Indian journal of veterinary science and animal husbandry - Volume 11,
Year: 1941
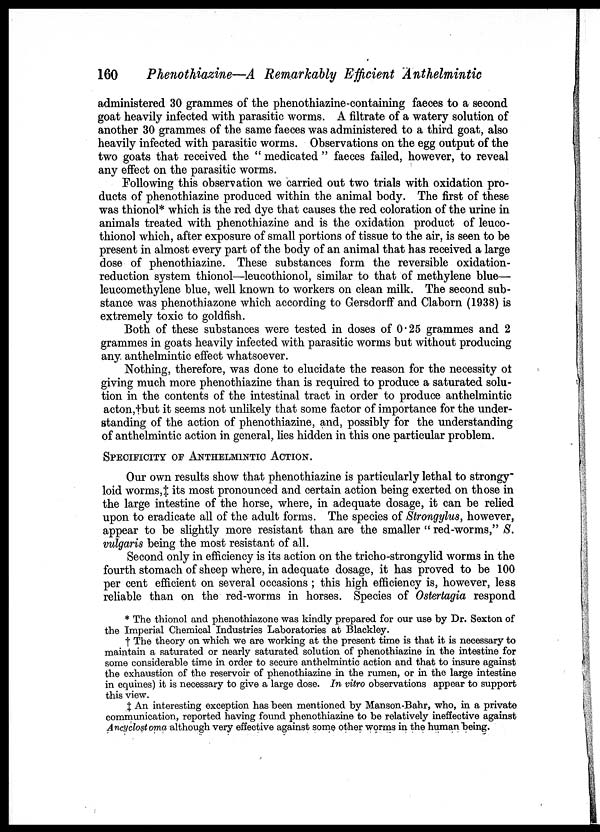
160
Phenothiazine—A Remarkably Efficient Anthelmintic
administered 30 grammes of the phenothiazine-containing faeces to a second
goat heavily infected with parasitic worms. A filtrate of a watery solution of
another 30 grammes of the same faeces was administered to a third goat, also
heavily infected with parasitic worms. Observations on the egg output of the
two goats that received the " medicated " faeces failed, however, to reveal
any effect on the parasitic worms.
Following this observation we carried out two trials with oxidation pro-
ducts of phenothiazine produced within the animal body. The first of these
was thionol* which is the red dye that causes the red coloration of the urine in
animals treated with phenothiazine and is the oxidation product of leuco¬
thionol which, after exposure of small portions of tissue to the air, is seen to be
present in almost every part of the body of an animal that has received a large
dose of phenothiazine. These substances form the reversible oxidation-
reduction system thionol—leucothionol, similar to that of methylene blue—
leucomethylene blue, well known to workers on clean milk. The second sub-
stance was phenothiazone which according to Gersdorff and Claborn (1938) is
extremely toxic to goldfish.
Both of these substances were tested in doses of 0.25 grammes and 2
grammes in goats heavily infected with parasitic worms but without producing
any anthelmintic effect whatsoever.
Nothing, therefore, was done to elucidate the reason for the necessity of
giving much more phenothiazine than is required to produce a saturated solu-
tion in the contents of the intestinal tract in order to produce anthelmintic
acton,+but it seems not unlikely that some factor of importance for the under-
standing of the action of phenothiazine, and, possibly for the understanding
of anthelmintic action in general, lies hidden in this one particular problem.
SPECIFICITY OF ANTHELMINTIC ACTION.
Our own results show that phenothiazine is particularly lethal to strongy-
loid worms, ‡ its most pronounced and certain action being exerted on those in
the large intestine of the horse, where, in adequate dosage, it can be relied
upon to eradicate all of the adult forms. The species of Strongylus, however,
appear to be slightly more resistant than are the smaller " red-worms," S.
vulgaris being the most resistant of all.
Second only in efficiency is its action on the tricho-strongylid worms in the
fourth stomach of sheep where, in adequate dosage, it has proved to be 100
per cent efficient on several occasions ; this high efficiency is, however, less
reliable than on the red-worms in horses. Species of Ostertagia respond
* The thionol and phenothiazone was kindly prepared for our use by Dr. Sexton of
the Imperial Chemical Industries Laboratories at Blackley.
† The theory on which we are working at the present time is that it is necessary to
maintain a saturated or nearly saturated solution of phenothiazine in the intestine for
some considerable time in order to secure anthelmintic action and that to insure against
the exhaustion of the reservoir of phenothiazine in the rumen, or in the large intestine
in equines) it is necessary to give a large dose. In vitro observations appear to support
this view.
‡ An interesting exception has been mentioned by Manson-Bahr, who, in a private
communication, reported having found phenothiazine to be relatively ineffective against
Ancyclostoma although very effective against some other worms in the human being.